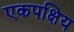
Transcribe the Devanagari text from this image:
एकपक्षिय